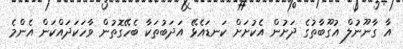
އާ ގާނޫނުލް އުގޫބާތުގެ ދަށުން އެކުށަށް ކަނޑައެޅޭ އަދަބުތަކާ ބެހޭގޮތުން ވާހަކަދައްކަން އެންމެ